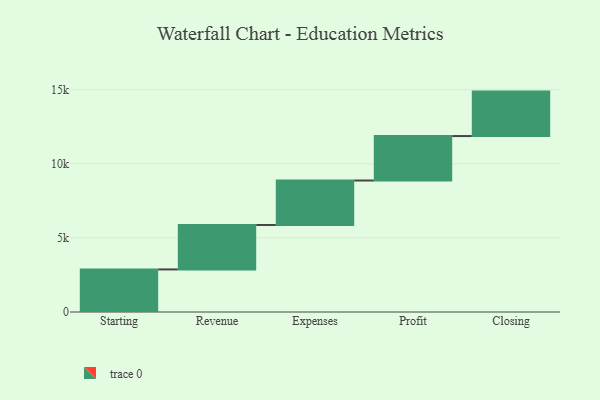
{"axis": {"x": "Step", "y": "Value"}, "legend": [""], "data": [{"x": "Starting", "y": 2873.0, "type": ""}, {"x": "Revenue", "y": 3000, "type": ""}, {"x": "Expenses", "y": 3000, "type": ""}, {"x": "Profit", "y": 3000, "type": ""}, {"x": "Closing", "y": 3000, "type": ""}]}